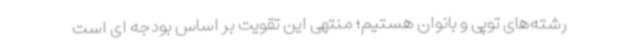
رشته‌های توپی و بانوان هستیم؛ منتهی این تقویت بر اساس بودجه ای است